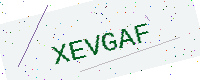
Text: XEVGAF